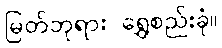
မြတ်ဘုရား ရွှေစည်းခုံ။